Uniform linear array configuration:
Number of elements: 12
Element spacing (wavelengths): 1
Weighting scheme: exponential
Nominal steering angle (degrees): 30
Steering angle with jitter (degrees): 28.915
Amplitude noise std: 0.05
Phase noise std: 0.05

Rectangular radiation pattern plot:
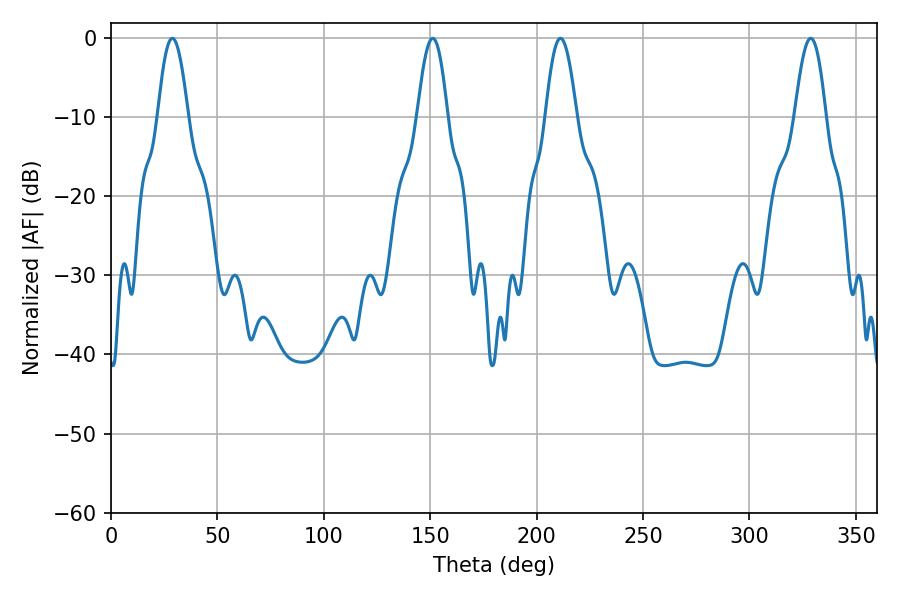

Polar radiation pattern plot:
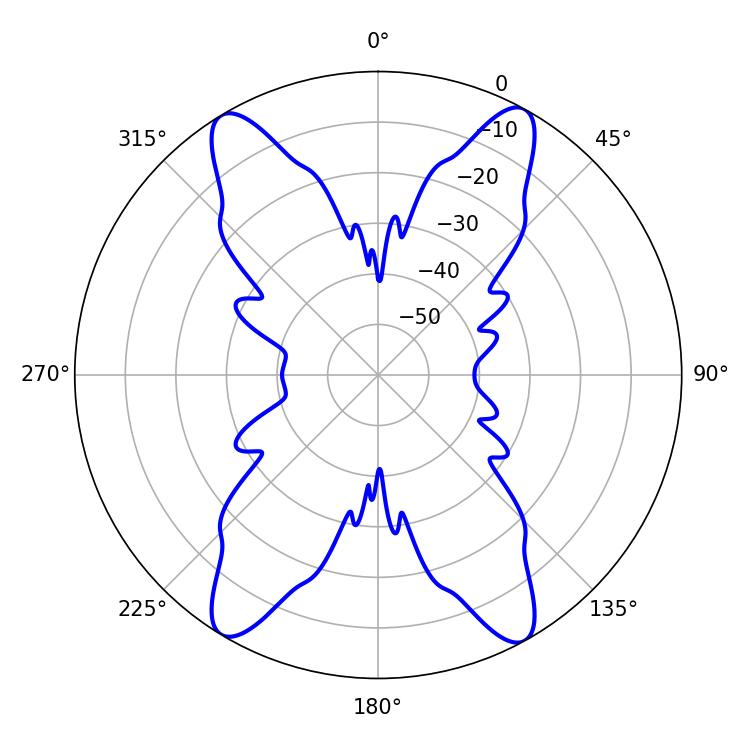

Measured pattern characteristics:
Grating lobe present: TRUE
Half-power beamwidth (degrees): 7.74
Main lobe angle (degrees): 28.8